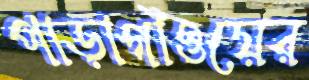
পাড়াগাঁওয়ের